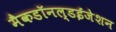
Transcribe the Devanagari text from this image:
मैकडॉनल्डईजेशन